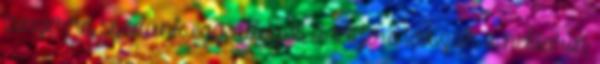
tányérra szedünk egy adagot, a tetejére tesszük a nektarin